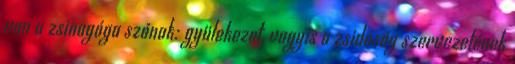
van a zsinagóga szónak: gyülekezet, vagyis a zsidóság szervezetének